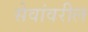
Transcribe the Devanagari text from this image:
सेवांवरील